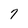
Character: 7